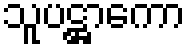
သူပဋ္ဌာကော